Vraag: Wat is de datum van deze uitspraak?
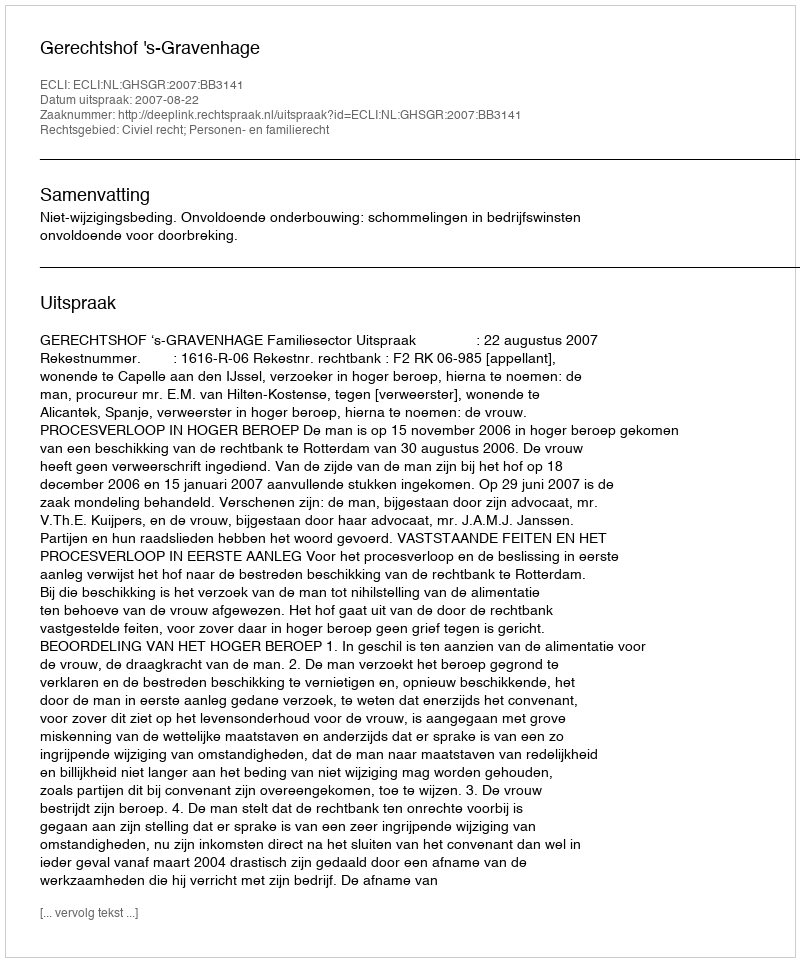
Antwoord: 2007-08-22